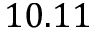
1 0 . 1 1